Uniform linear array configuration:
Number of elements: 24
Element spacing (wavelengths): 0.25
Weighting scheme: exponential
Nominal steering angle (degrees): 45
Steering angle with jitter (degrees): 45.731
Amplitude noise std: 0.05
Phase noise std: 0.05

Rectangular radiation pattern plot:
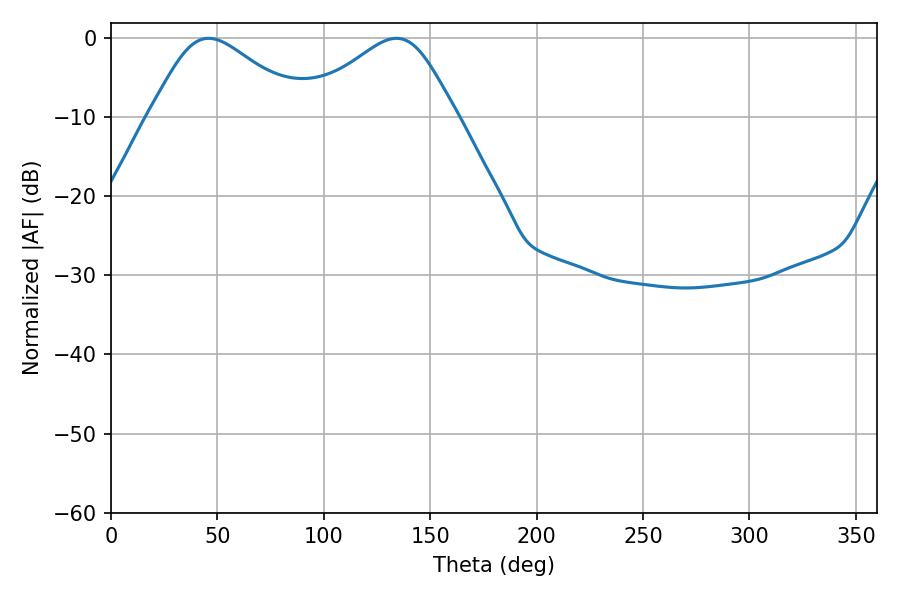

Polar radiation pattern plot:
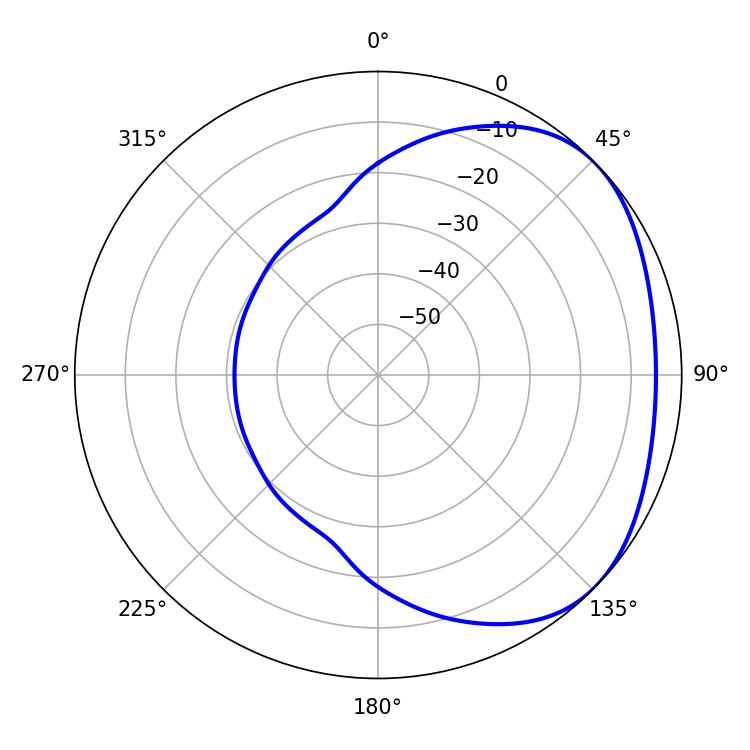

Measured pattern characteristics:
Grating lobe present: FALSE
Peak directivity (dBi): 2.671
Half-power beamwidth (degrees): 36
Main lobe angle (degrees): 45.9